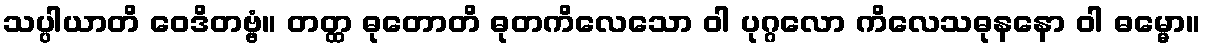
သပ္ပါယာတိ ဝေဒိတဗ္ဗံ။ တတ္ထ ဓုတောတိ ဓုတကိလေသော ဝါ ပုဂ္ဂလော ကိလေသဓုနနော ဝါ ဓမ္မော။